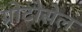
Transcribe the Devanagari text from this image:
प्रोटोसेल